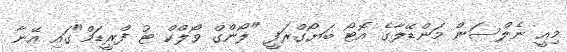
މިއީ ނެލްސަން މަންޑޭލާގެ އޮޓޯ ބަޔޯގްރަފީ "ލޯންގް ވޯލްކް ޓު ފްރީޑަމް"ގައި އޭނާ